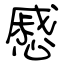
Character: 慼